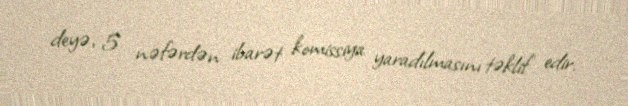
deyə, 5 nəfərdən ibarət komissiya yaradılmasını təklif edir.